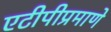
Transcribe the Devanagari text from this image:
एटीपीप्रमाणे